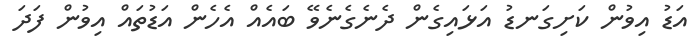
އަޑު އިވުން ކަށިގަނޑު އަޅައިގެން ދެނެގެނެވޭ ބައެއް އެހެން އަޑުތައް އިވުން ފަދަ